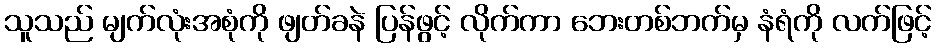
သူသည် မျက်လုံးအစုံကို ဖျတ်ခနဲ ပြန်ဖွင့် လိုက်ကာ ဘေးတစ်ဘက်မှ နံရံကို လက်ဖြင့်